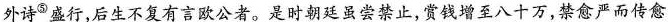
外诗^{⑤}盛行，后生不复有言欧公者。是时朝廷虽尝禁止，赏钱增至八十万，禁愈严而传愈